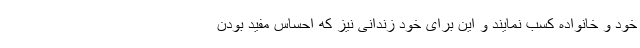
خود و خانواده کسب نمایند و این برای خود زندانی نیز که احساس مفید بودن